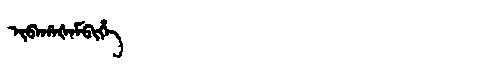
Manchu: ᡳᠪᠠᡥᠠᡧᠠᠮᠪᡳᡥᡝ
Romanization: IBAHAŠAMBIHE